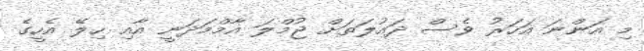
މި އަންނަ އަހަރު ވެސް ދައުލަތަށް ޖުމްލަ އާމްމަދަނީ އާއި ހިލޭ އެހީގެ